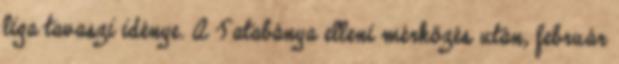
liga tavaszi idénye. A Tatabánya elleni mérkőzés után, február